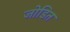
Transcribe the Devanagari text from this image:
जोडित